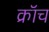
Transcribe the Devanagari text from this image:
क्रॉच